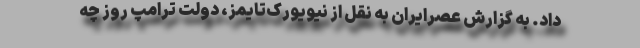
داد. به گزارش عصرایران به نقل از نیویورک‌تایمز، دولت ترامپ روز چه